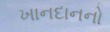
ખાનદાનનો